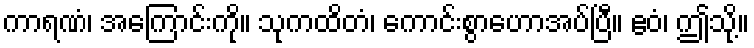
ကာရဏံ၊ အကြောင်းကို။ သုကထိတံ၊ ကောင်းစွာဟောအပ်ပြီ။ ဧဝံ၊ ဤသို့။